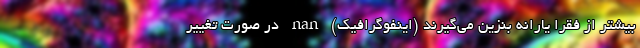
بیشتر از فقرا یارانه بنزین می‌گیرند (اینفوگرافیک) nan در صورت تغییر